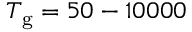
T _ { \mathrm { g } } = 5 0 - 1 0 0 0 0